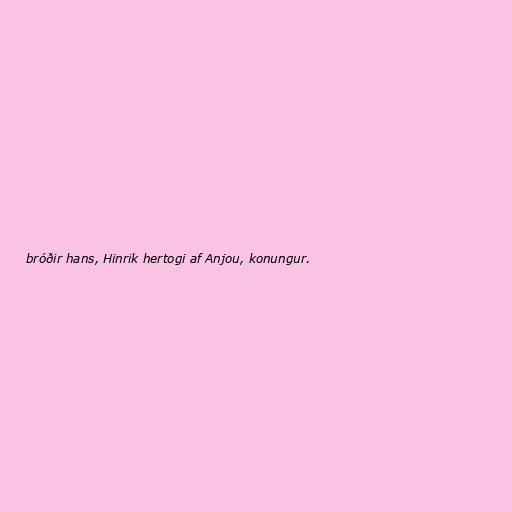
bróðir hans, Hinrik hertogi af Anjou, konungur.